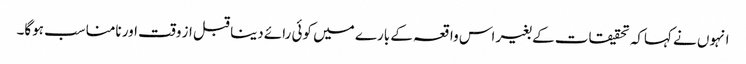
انہوں نے کہاکہ تحقیقات کے بغیر اس واقعہ کے بارے میں کوئی رائے دینا قبل از وقت اور نامناسب ہوگا۔